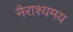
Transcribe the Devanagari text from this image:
नैराश्यमय